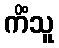
ကိံသူ